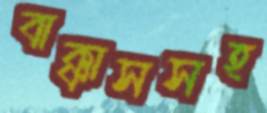
বাক্কাসসহ